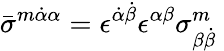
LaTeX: \bar{\sigma}^{m\dot{\alpha}\alpha}=\epsilon^{\dot{\alpha}\dot{\beta}}\epsilon^{\alpha\beta}\sigma_{\beta\dot{\beta}}^{m}\mathrm{~}